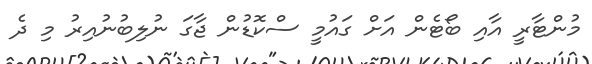
މުންޓާރީ އާއި ބޯޓެން އަށް ގައުމީ ސްކޮޑުން ޖާގަ ނުލިބުނުއިރު މި ދެ